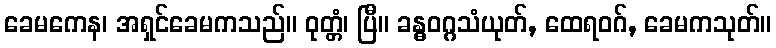
ခေမကေန၊ အရှင်ခေမကသည်။ ဝုတ္တံ၊ ပြီ။ ခန္ဓဝဂ္ဂသံယုတ်, ထေရဝဂ်, ခေမကသုတ်။